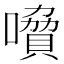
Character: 𡀺